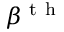
\beta ^ { \mathrm { ~ t ~ h ~ } }